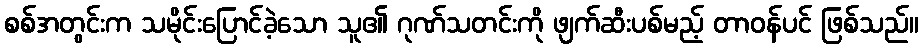
စစ်အတွင်းက သမိုင်းပြောင်ခဲ့သော သူ၏ ဂုဏ်သတင်းကို ဖျက်ဆီးပစ်မည့် တာဝန်ပင် ဖြစ်သည်။